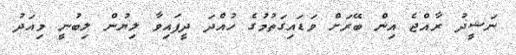
ނަޝީދު ރާއްޖެ އިން ބޭރަށް ވަޑައިގަތުމުގެ ހުއްދަ ދީފައިވާ ލިޔުން ލިބުނީ މިއަދު